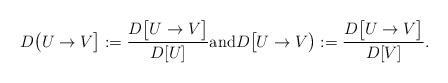
LaTeX: \begin{align*}D\big(U\to V\big] := \frac{D\big[U\to V\big]}{D[U]}\textrm{and} D\big[U\to V\big) := \frac{D\big[U\to V\big]}{D[V]}.\end{align*}